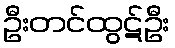
ဦးတင်ထွဋ်ဦး